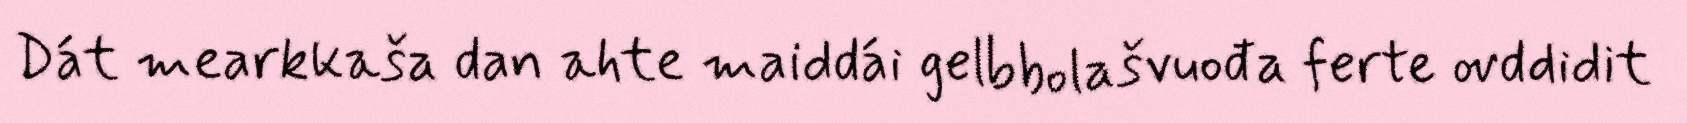
Dát mearkkaša dan ahte maiddái gelbbolašvuođa ferte ovddidit